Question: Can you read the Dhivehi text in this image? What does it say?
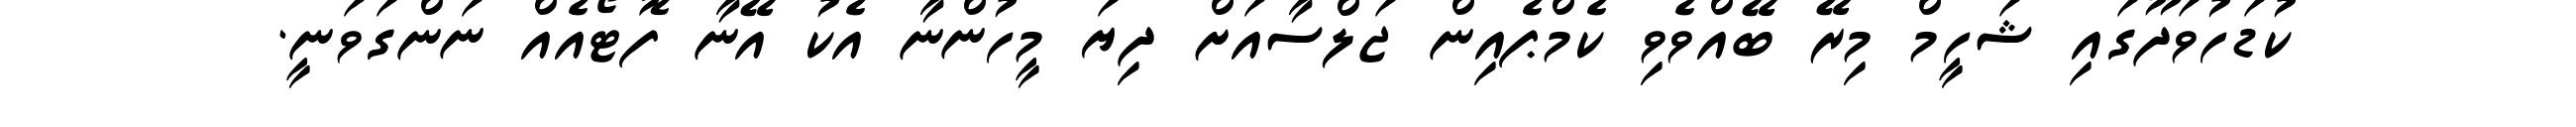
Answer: ކުޑަހުވަދޫގައި ޝަހީމް މިރޭ ބޭއްވެވި ކެމްޕެއިން ޖަލްސާއަށް ދިޔަ މީހުންނާ އެކު އޭނާ ފޮޓޯއެއް ނަންގަވަނީ.